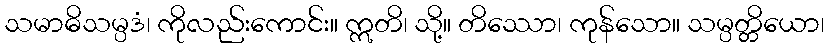
သမာဓိသမ္ပဒံ၊ ကိုလည်းကောင်း။ ဣတိ၊ သို့။ တိဿော၊ ကုန်သော။ သမ္ပတ္တိယော၊